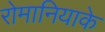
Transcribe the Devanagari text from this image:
रोमानियाके